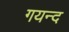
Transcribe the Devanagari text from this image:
गयन्द